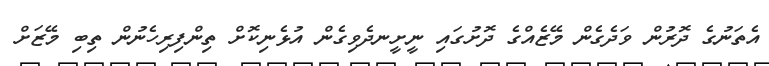
އެތަނުގެ ދޮރުން ވަދެގެން މޭޒެއްގެ ދޮށުގައި ނީށީނދެވިގެން އުޅެނިކޮށް ތިންފިރިހެނުން ތިބި މޭޒަށް